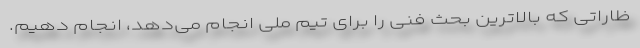
ظاراتی که بالاترین بحث فنی را برای تیم ملی انجام می‌دهد، انجام دهیم.